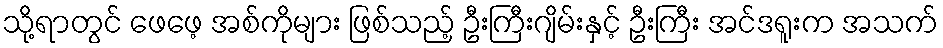
သို့ရာတွင် ဖေဖေ့ အစ်ကိုများ ဖြစ်သည့် ဦးကြီးဂျိမ်းနှင့် ဦးကြီး အင်ဒရူးက အသက်